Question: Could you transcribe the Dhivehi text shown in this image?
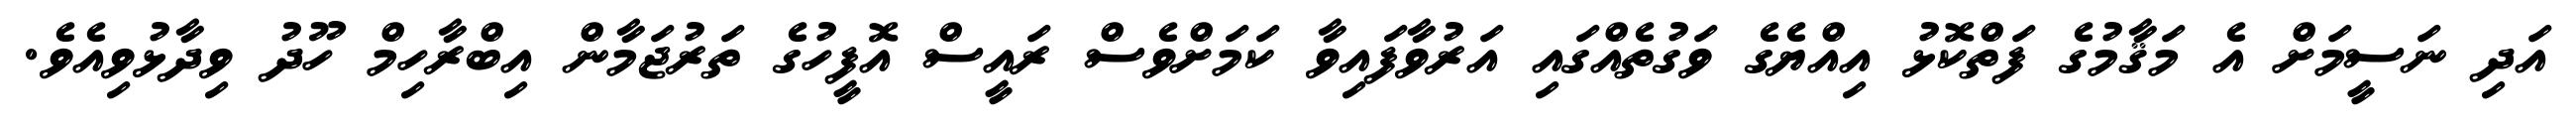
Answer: އަދި ނަސީމަށް އެ މަޤާމުގެ ފަތްކޮޅު އިއްޔެގެ ވަގުތެއްގައި އަރުވާފައިވާ ކަމަށްވެސް ރައީސް އޮފީހުގެ ތަރުޖަމާން އިބްރާހިމް ހޫދު ވިދާޅުވިއެވެ.